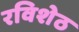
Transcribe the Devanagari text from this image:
रविशेठ